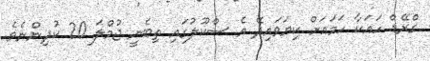
ގްރޭޑް ހައަކާ ހަމައަށް ކިޔަވައިދޭ އެ ސްކޫލުގައި ތިބެނީ ޖުމްލަ 20 ކުދިންނެވެ.